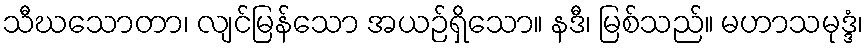
သီဃသောတာ၊ လျင်မြန်သော အယဉ်ရှိသော။ နဒီ၊ မြစ်သည်။ မဟာသမုဒ္ဒံ၊